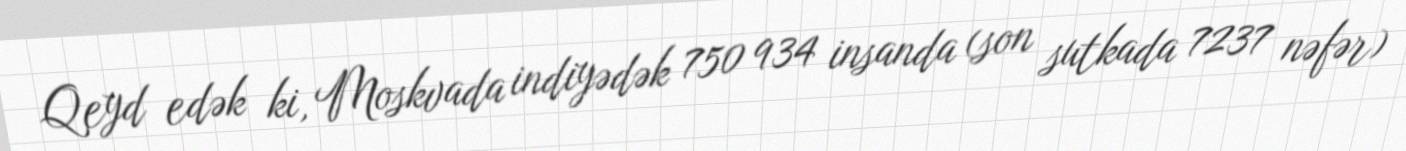
Qeyd edək ki, Moskvada indiyədək 750 934 insanda (son sutkada 7237 nəfər)